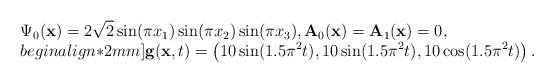
LaTeX: \begin{align*}\begin{array}{@{}l@{}}{\displaystyle \Psi_{0}(\mathbf{x}) = 2\sqrt{2}\sin(\pi x_1)\sin(\pi x_2)\sin(\pi x_3) , \mathbf{A}_{0}(\mathbf{x})=\mathbf{A}_{1}(\mathbf{x})=0,} \\begin{align*}2mm]{\displaystyle \mathbf{g}(\mathbf{x}, t) = \left(10\sin(1.5{\pi}^{2} t), 10\sin(1.5{\pi}^{2} t), 10\cos(1.5{\pi}^{2} t)\right).}\end{array}\end{align*}